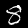
Label: 8